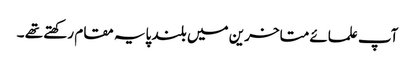
آپ علمائے متاخرین میں بلند پایہ مقام رکھتے تھے ۔